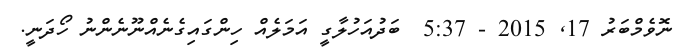
ނޮވެމްބަރު 17